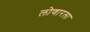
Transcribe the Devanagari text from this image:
लोणारला